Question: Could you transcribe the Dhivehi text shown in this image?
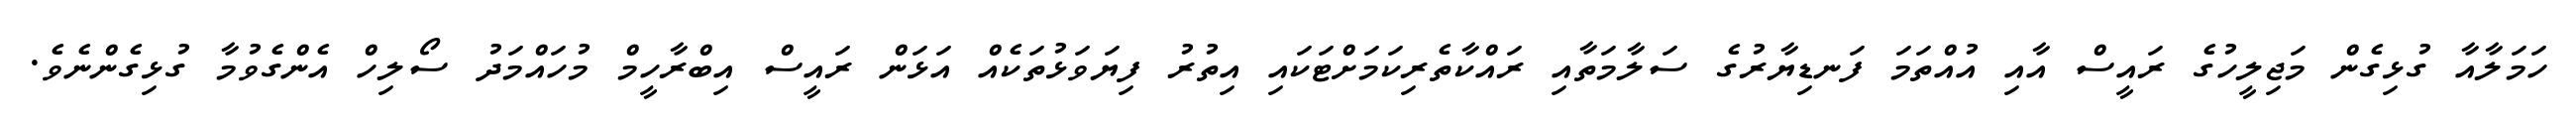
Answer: ހަމަލާއާ ގުޅިގެން މަޖިލީހުގެ ރައީސް އާއި އުއްތަމަ ފަނޑިޔާރުގެ ސަލާމަތާއި ރައްކާތެރިކަމަށްޓަކައި އިތުރު ފިޔަވަޅުތަކެއް އަޅަން ރައީސް އިބްރާހީމް މުހައްމަދު ސޯލިހް އެންގެވުމާ ގުޅިގެންނެވެ.